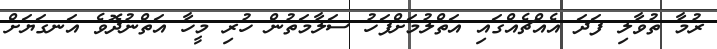
ރުމާ ތުވާލި ފަދަ އެއްޗެއްގައި އަތްލުމަށްފަހު ސަލާމަތުން ހުރި މީހާ އަތްނުދޮވެ އަނގަޔަށް